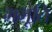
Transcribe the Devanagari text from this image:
भभूति